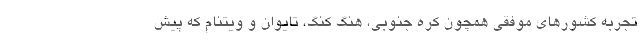
تجربه کشورهای موفقی همچون کره جنوبی، هنگ کنگ، تایوان و ویتنام که پیش